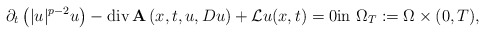
\begin{align*}\partial_t\left(|u|^{p-2}u\right)-\mathrm{div}\,\mathbf{A}\left(x,t,u,Du\right)+\mathcal{L}u(x,t)=0\mathrm{in}\,\,\Omega_T:=\Omega \times (0,T),\end{align*}